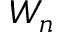
W _ { n }